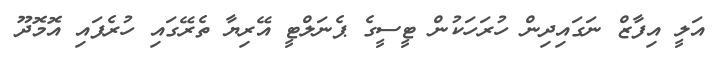
އަލީ އިފާޒް ނަގައިދިން ހުރަހަކުން ޓީސީގެ ޕެނަލްޓީ އޭރިޔާ ތެރޭގައި ހުރެފައި އޮމޮދޫ